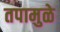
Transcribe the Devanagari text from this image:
तपामुळे